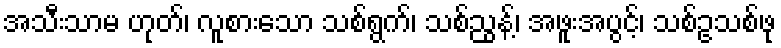
အသီးသာမ ဟုတ်၊ လူစားသော သစ်ရွက်၊ သစ်ညွန့်၊ အဖူးအပွင့်၊ သစ်ဥသစ်ဖု